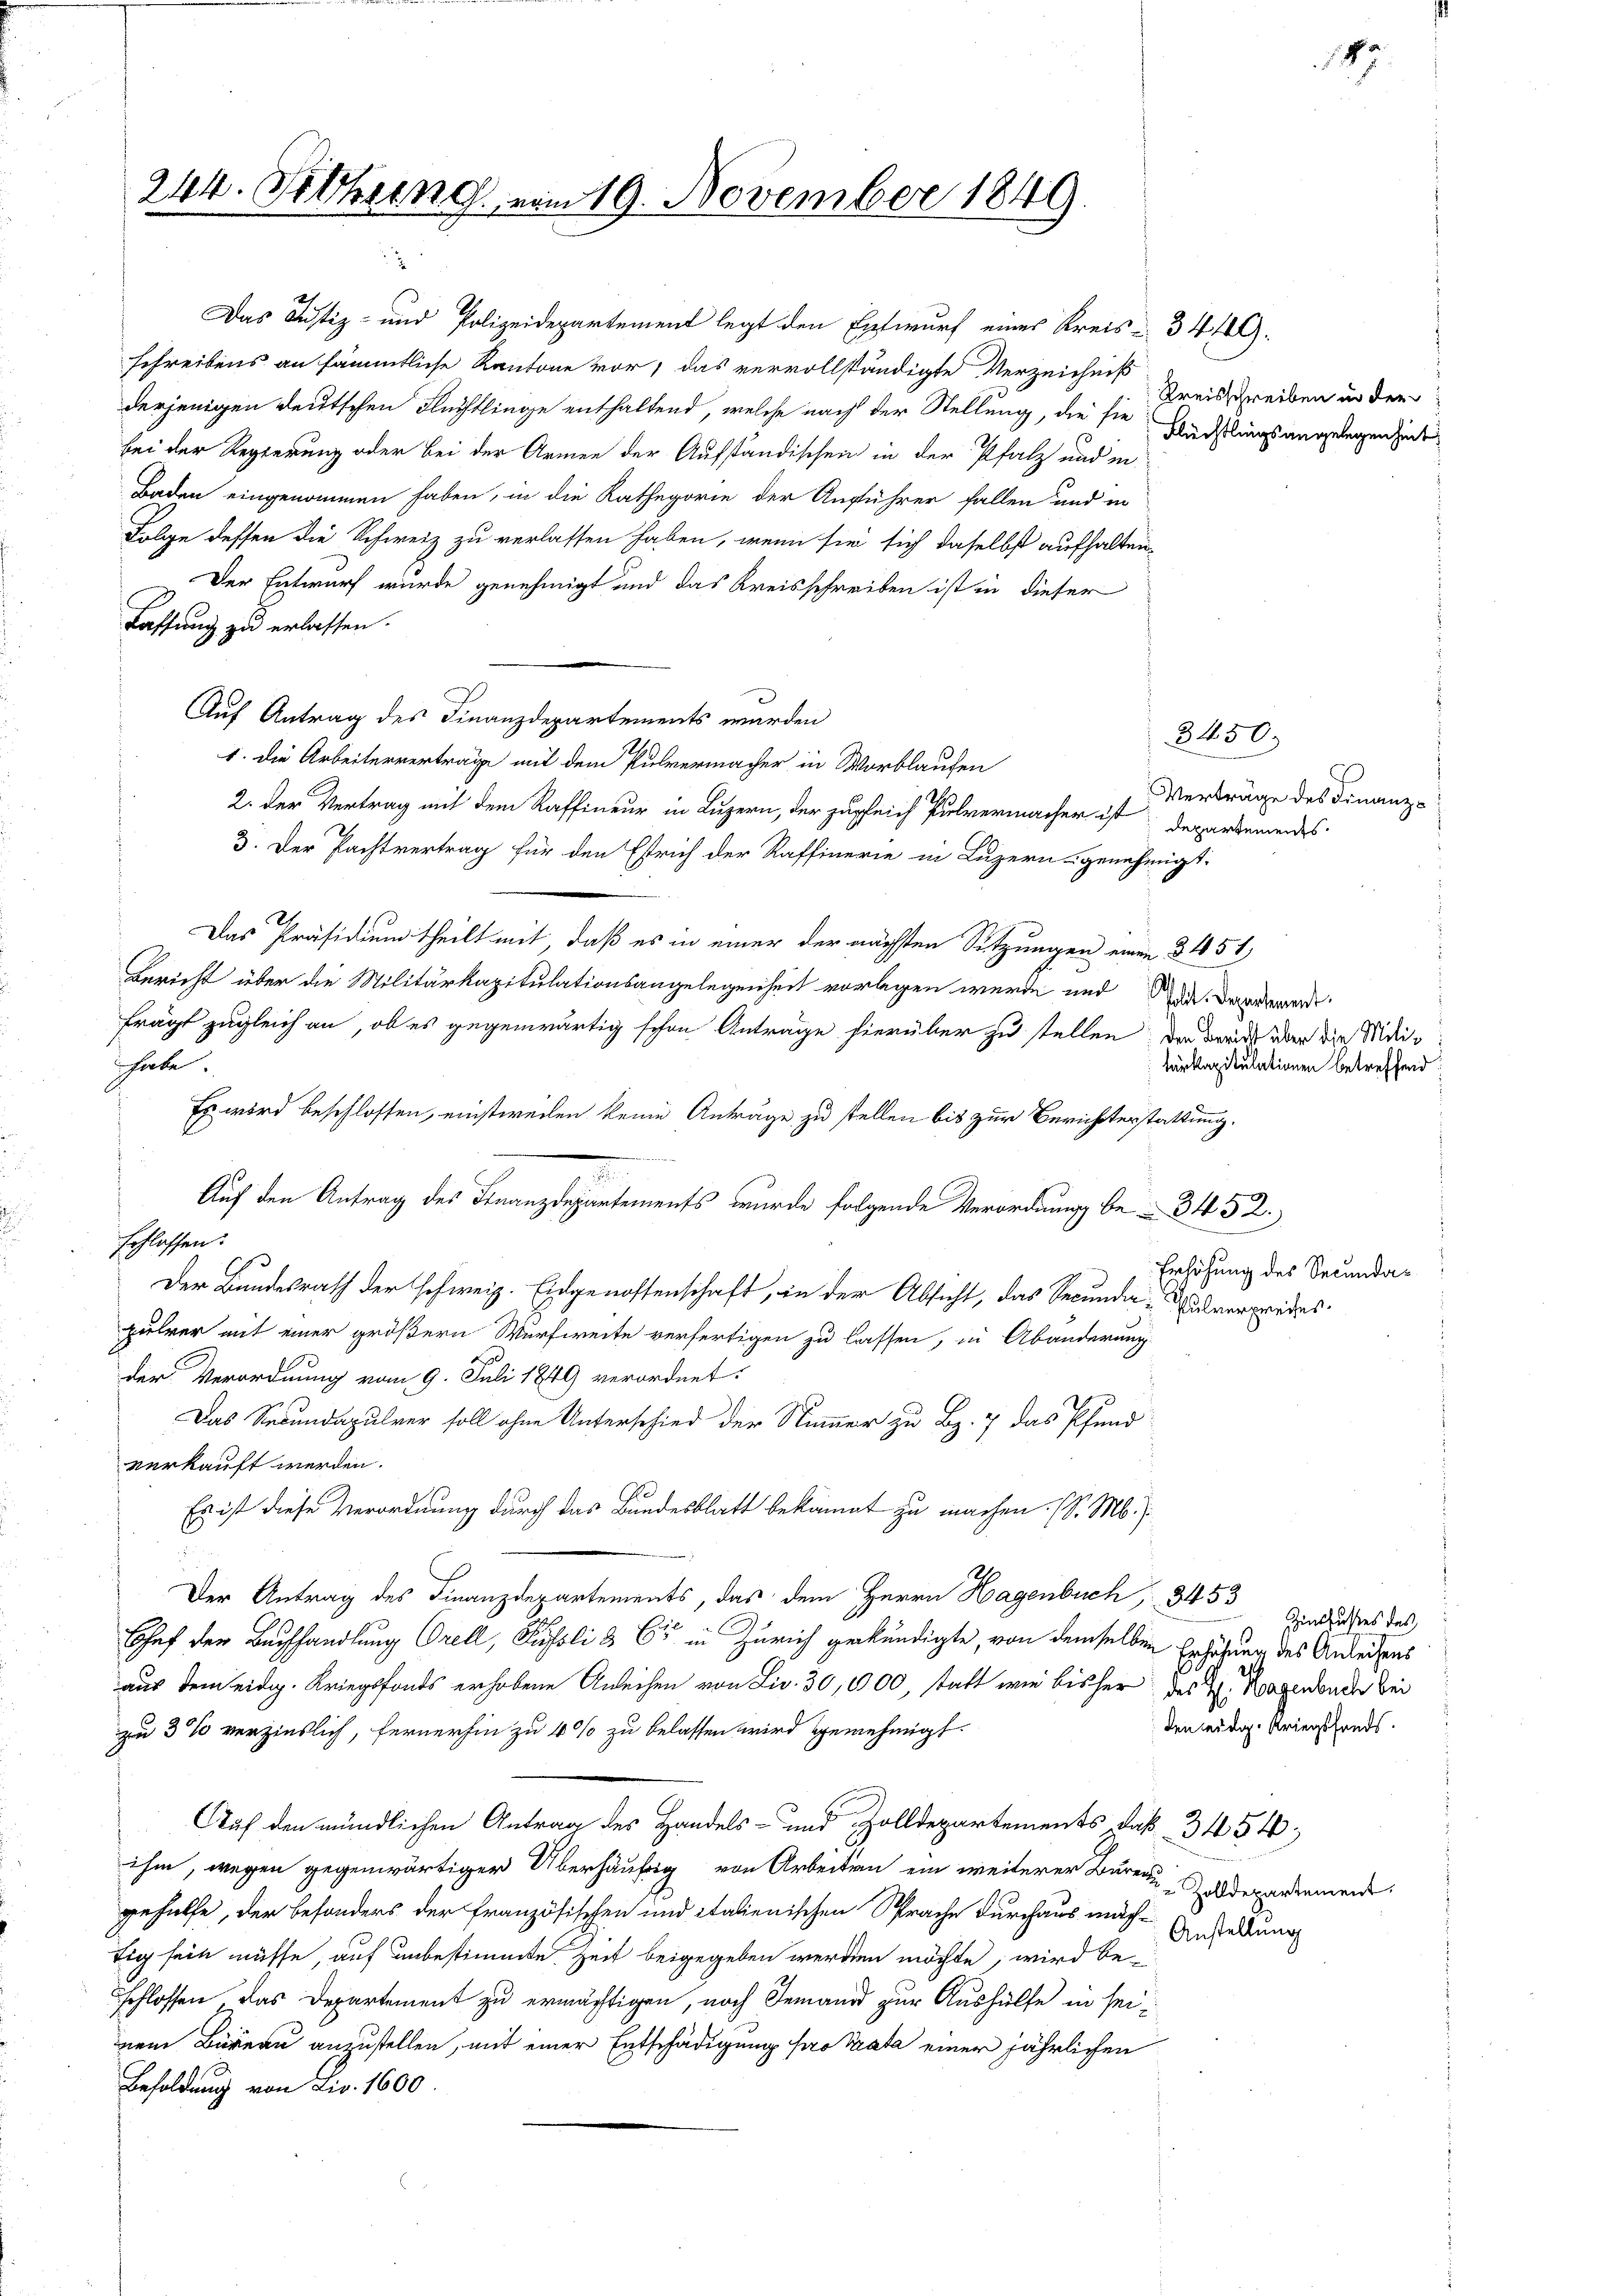
244. Seihung vom 19. November 1841

derjenigen deutschen Flüchtlinge enthaltend, welche nach der Stellung, die sie Kreisschreiben in der
bei der Regierung oder bei der Armen der Aufständischen in der Pfalz und in
Baden eingenommen haben, in die Kathegorie der Aufführer fallen und in
Folge dessen die Schweiz zu verlassen haben, wenn sie sich daselbst aufhalten,
Der Entwurf wurde genehmigt und das Kreisschreiben ist in dieser
Fassung zu erlassen.
Auf Antrag des Finanzdepartements wurden
1. Die Arbeiterverträge mit dem Pulvermacher in Wortlaufen
2. Der Vertrag mit dem Raffineur in Luzern, der zugleich Pulvermacher ist Departemendes
3. Der Pachtvertrag für den Estrich der Raffinerie in Luzern genehmigt.
Das Präsidium theilt mit, daß es in einer der nächsten Sitzungen einen 3454
Bericht über die Militärkapitulationsangelegenheit vorlegen werde und die Dawerde
frägt zugleich an, ob es gegenwärtig schon Antrage hierüber zu stellen, da draus aber die Widihabe.
Es wird beschlossen, einstweilen keine Anträge zu stellen bis zur Berichterstattung.
Auf den Antrag des Finanzdepartements wurde folgende Verordnung be- 34 52.
schlassen.
Der Bundesrath der schweiz. Eidgenossenschaft, in der Absicht, das Secunda-verpredes
pulver mit einer größern Wurfweite verfertigen zu lassen, in Abänderung
der Verordnung vom 9. Juli 1849 verordnet:
Das Secundapulver soll ohne Unterschied der Nummer zu Bz. 7 das Pfund
verkauft werden.
Es ist diese Verordnung durch das Bundesblatt bekannt zu machen. (S. M. J.
Der Antrag des Finanzdepartements, das dem Herrn Hagenbuch, 3453
Chef der Buchhandlung Orell, Pussli & 65 in Zürich gekündigte, von demselben Erhöhung des Anleidens
aus dem eidg. Kriegsfonds erhobene Anleihen von Liv. 30,000, statt wie bisher des H. Hagenbuch bei
zu 3 % verzinslich, fernerhin zu 40% zu belassen wird genehmigt.
Auf den mündlichen Antrag des Handels- und Zolldepartements, daß 3454
ihm, wegen gegenwärtiger Überhäufig von Arbeiten ein weiterer Bureaudepartemen
gehülfe, der besonders der französischen und italienischen Sprache durchaus mach-Ensadung
tig sein müsse, auf unbestimmte Zeit beigegeben werden möchte, wird be-
schlossen das Departement zu ermächtigen, noch Jemand zur Aushülfe in seinem Büreau anzustellen, mit einer Entschädigung pro Trata einer jährlichen
Besoldung von Liv. 1600.

Das Justiz- und Polizeidepartement legt den Entwurf eines Kreis- 349.
schreibens an sämmtliche Kantone vor, das vervollständigte Verzeichniß

.

3450.
Verträge des Finanz¬

Flüchtlingsangelegenheit

Fürkapitulationen betreffend:

Erhöhung des Secunda¬

47

Zinsfusses des
den eidg. Kriegsfonds.